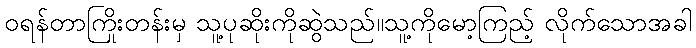
ဝရန်တာကြိုးတန်းမှ သူ့ပုဆိုးကိုဆွဲသည်။သူ့ကိုမော့ကြည့် လိုက်သောအခါ